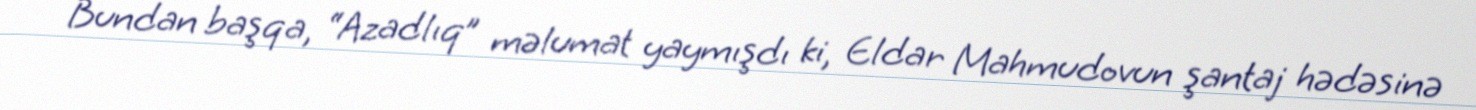
Bundan başqa, “Azadlıq” məlumat yaymışdı ki, Eldar Mahmudovun şantaj hədəsinə